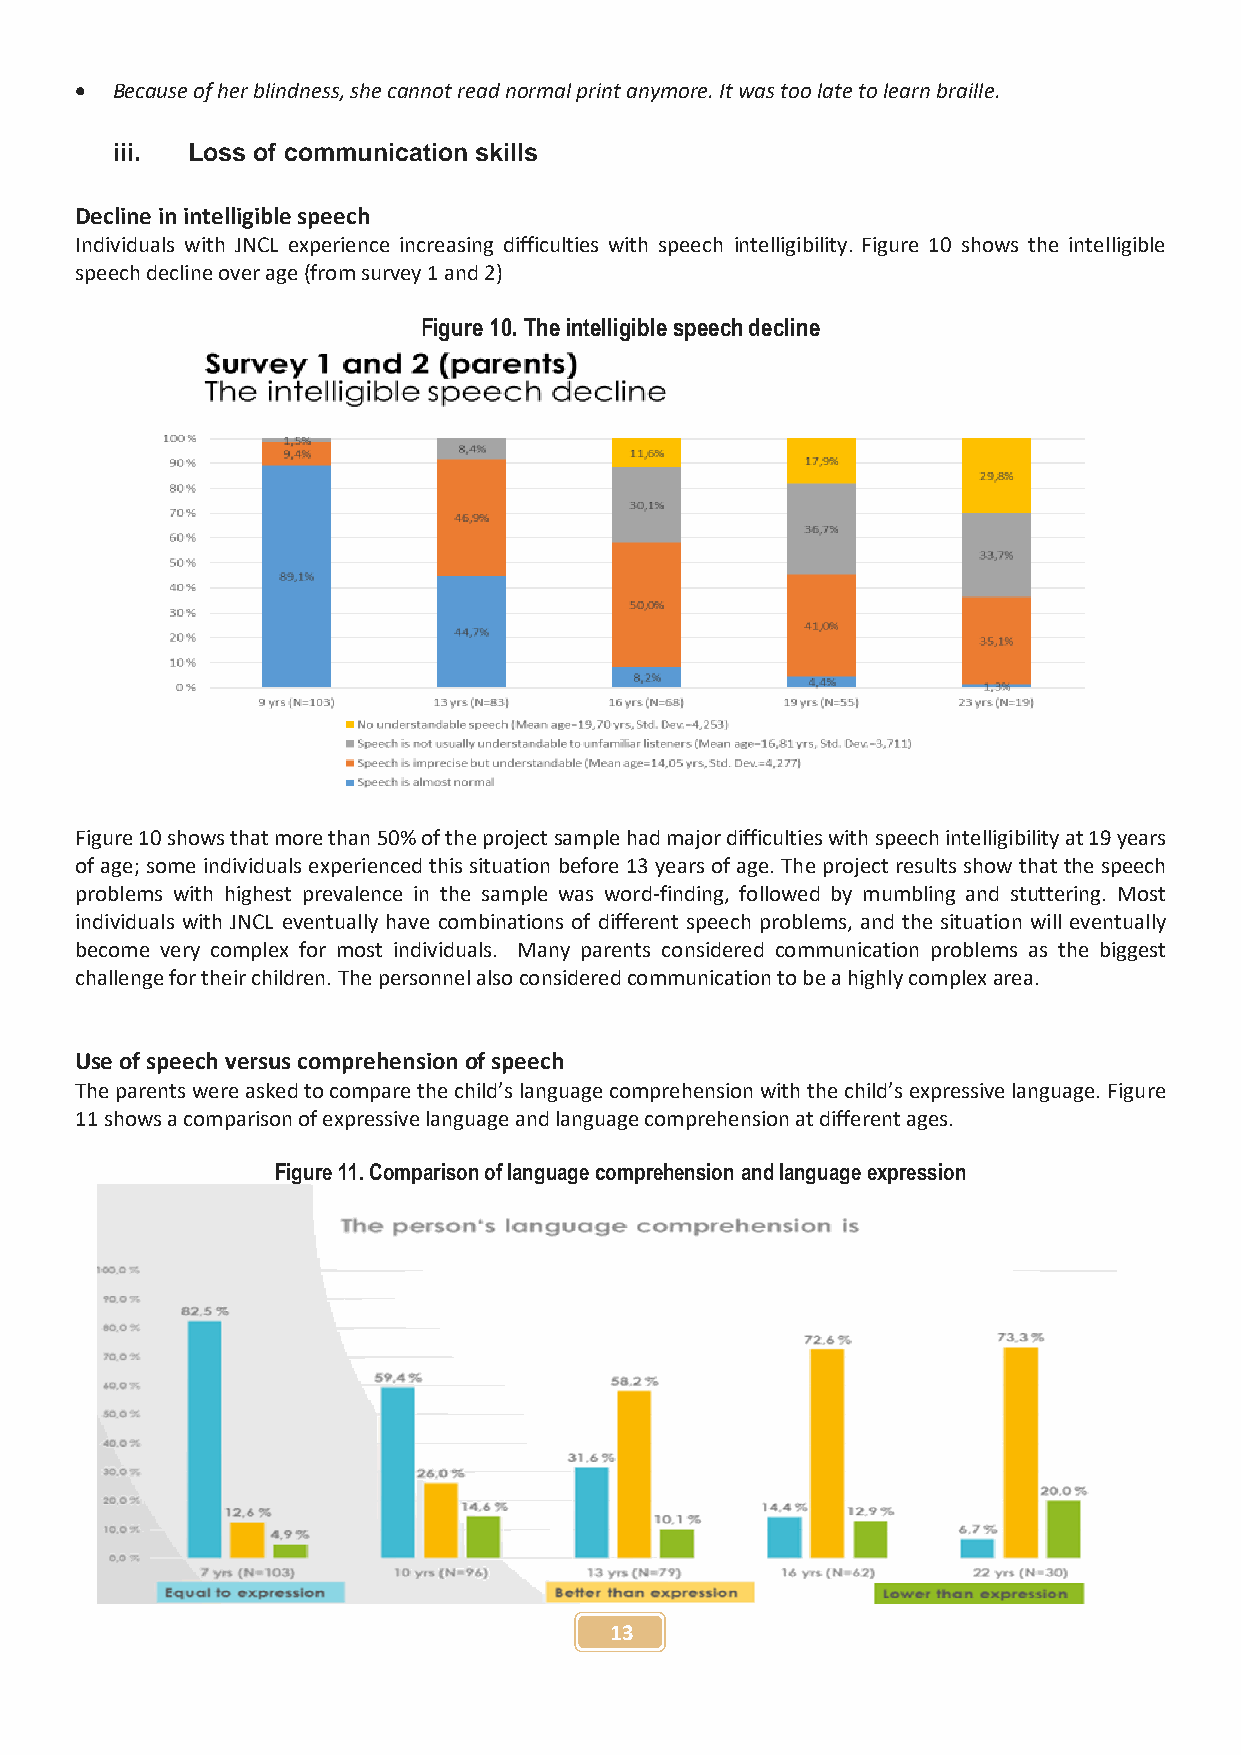
 Because of her blindness, she cannot read normal print anymore. It was too late to learn braille.
 iii. Loss of communication skills
 Decline in intelligible speech
 Individuals with JNCL experience increasing difficulties with speech intelligibility. Figure 10 shows the intelligible
 speech decline over age (from survey 1 and 2)
 Figure 10. The intelligible speech decline
 Figure 10 shows that more than 50% of the project sample had major difficulties with speech intelligibility at 19 years
 of age; some individuals experienced this situation before 13 years of age. The project results show that the speech
 problems with highest prevalence in the sample was word-finding, followed by mumbling and stuttering. Most
 individuals with JNCL eventually have combinations of different speech problems, and the situation will eventually
 become very complex for most individuals. Many parents considered communication problems as the biggest
 challenge for their children. The personnel also considered communication to be a highly complex area.
 Use of speech versus comprehension of speech
 The parents were asked to compare the child’s language comprehension with the child’s expressive language. Figure
 11 shows a comparison of expressive language and language comprehension at different ages.
 Figure 11. Comparison of language comprehension and language expression
 13